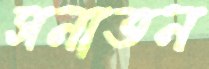
সনাতন